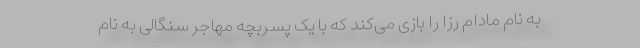
به نام مادام رزا را بازی می‌کند که با یک پسربچه مهاجر سنگالی به نام